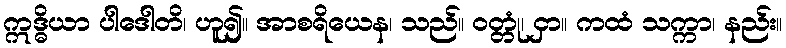
ဣဒ္ဓိယာ ပါဒေါတိ၊ ဟူ၍။ အာစရိယေန၊ သည်။ ဝတ္တုံ၊ ငှာ။ ကထံ သက္ကာ၊ နည်း။